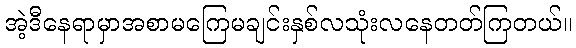
အဲ့ဒီနေရာမှာအစာမကြေမချင်းနှစ်လသုံးလနေတတ်ကြတယ်။